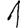
Digit: 1